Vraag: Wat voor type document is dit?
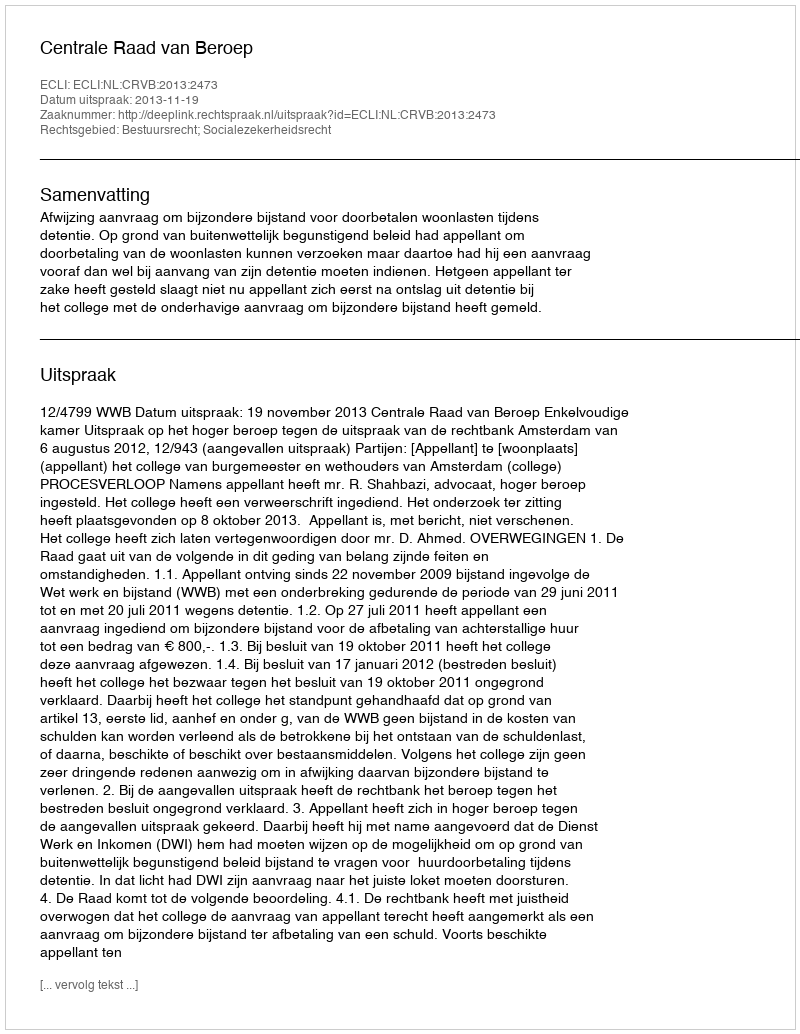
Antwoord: Uitspraak